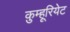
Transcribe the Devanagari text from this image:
क़ुम्हूरियेट